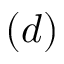
( d )